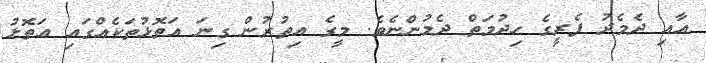
އާއި ދެމެދު ފެރީގެ ހިދުމަތް ދެމުންނެވެ. މީގެ އިތުރުން ގިނަ އަތޮޅުތަކެއްގައި އަތޮޅު